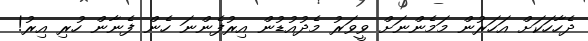
ދެހާހަކަށް އަހަރުން މަމެންނަށް ވީވަރު މެދުއުޑުން އިރުފެންނަ ހެން ފެނާން ހުރި އިރު!